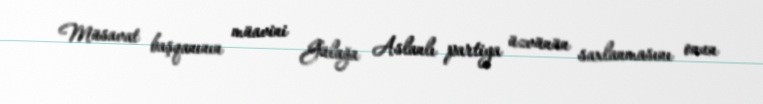
Müsavat başqanının müavini Gülağa Aslanlı partiya üzvünün saxlanmasını onun